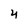
Character: 4